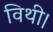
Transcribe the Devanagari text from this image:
विथी।